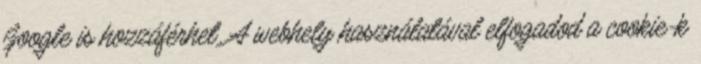
Google is hozzáférhet. A webhely használatával elfogadod a cookie-k